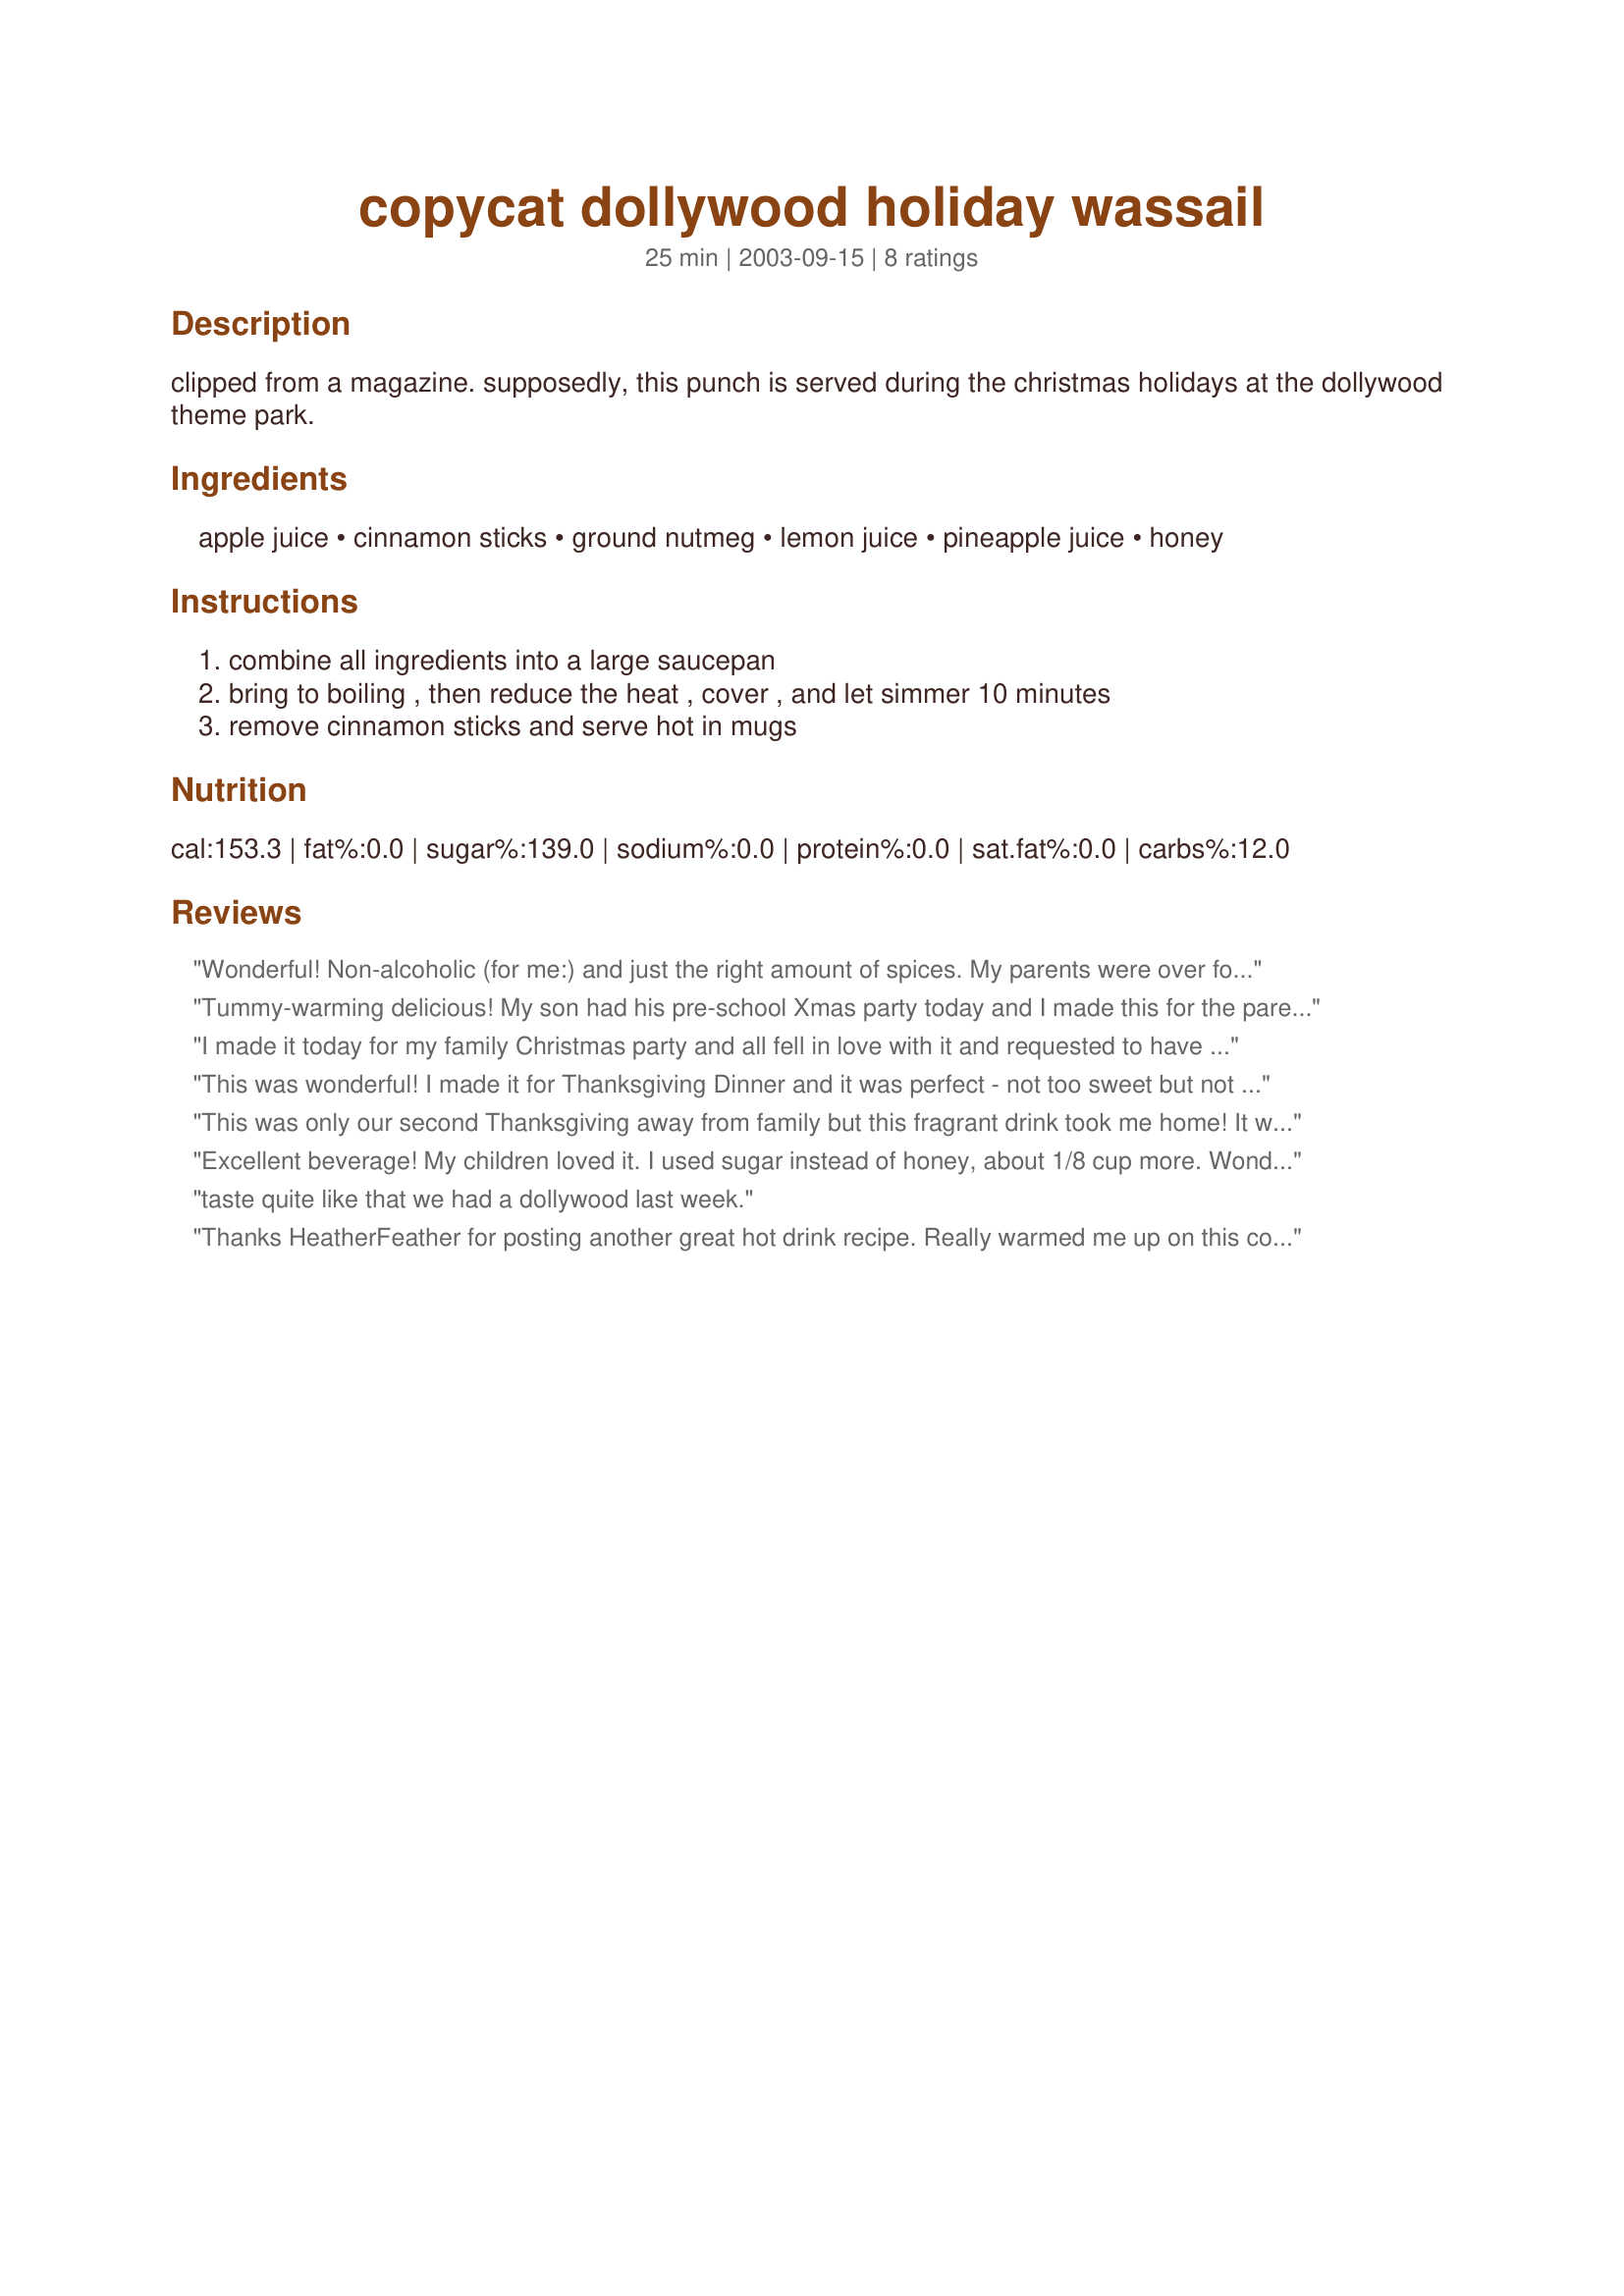
copycat dollywood holiday wassail
Preparation time: 25 minutes

clipped from a magazine. supposedly, this punch is served during the christmas holidays at the dollywood theme park.

Ingredients:
apple juice, cinnamon sticks, ground nutmeg, lemon juice, pineapple juice, honey

Steps:
combine all ingredients into a large saucepan, bring to boiling , then reduce the heat , cover , and let simmer 10 minutes, remove cinnamon sticks and serve hot in mugs

Reviews:
Wonderful! Non-alcoholic (for me:) and just the right amount of spices. My parents were over for New Year's Eve and my dad really liked it; not too spicy. I put a used cinnamon stick in, so my dad suggested I put 1/2 tsp of cinnamon in and it turned out great. Now what to do with all that leftover pineapple juice? :)
Tummy-warming delicious! My son had his pre-school Xmas party today and I made this for the parents/helpers at the church; I got many compliments on this drink. Thank you for posting!
I made it today for my family Christmas party and all fell in love with it and requested to have it again next year! It filled the house with a perfect Christmas aroma and tasted sweet, but not too sweet, as it rolled past the tongue. Thank you Dollywood! Heehee!
This was wonderful! I made it for Thanksgiving Dinner and it was perfect - not too sweet but not too tart, just right. :) It smelled beautifully while simmering also! A definite keeper - maybe next time I'll try adding some cranberry juice to it as well.
This was only our second Thanksgiving away from family but this fragrant drink took me home! It was so heavenly I drank two mugs full and almost had a 3rd! A great way to end a holiday meal or a cold day. I combined everything a couple hours before hand in a pitcher to really get the flavor of the cinnamon to permeate the wassail. This will be a fall favorite for years to come!
Excellent beverage! My children loved it. I used sugar instead of honey, about 1/8 cup more. Wonderful aroma while it simmers.
taste quite like that we had a dollywood last week.
Thanks HeatherFeather for posting another great hot drink recipe. 
Really warmed me up on this cold and snowy night.
